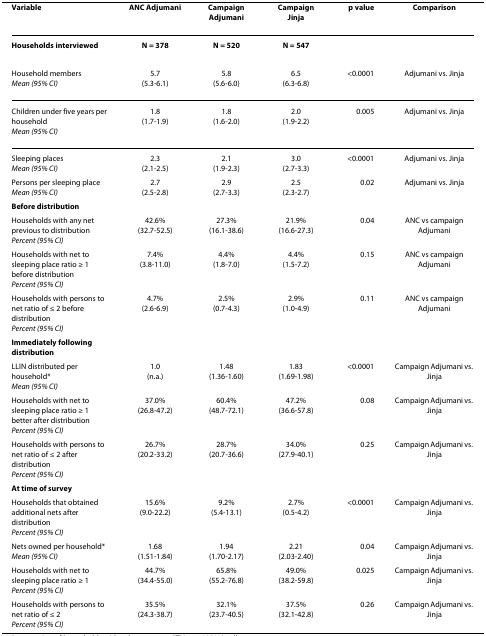
<table><thead><tr><td><b>Variable</b></td><td><b>ANC Adjumani</b></td><td><b>Campaign Adjumani</b></td><td><b>Campaign Jinja</b></td><td><b>p value</b></td><td><b>Comparison</b></td></tr></thead><tbody><tr><td><b>Households interviewed</b></td><td><b>N = 378</b></td><td><b>N = 520</b></td><td><b>N = 547</b></td><td></td><td></td></tr><tr><td>Household members<i>Mean (95% CI)</i></td><td>5.7(5.3-6.1)</td><td>5.8(5.6-6.0)</td><td>6.5(6.3-6.8)</td><td>&lt;0.0001</td><td>Adjumani vs. Jinja</td></tr><tr><td>Children under five years per household<i>Mean (95% CI)</i></td><td>1.8(1.7-1.9)</td><td>1.8(1.6-2.0)</td><td>2.0(1.9-2.2)</td><td>0.005</td><td>Adjumani vs. Jinja</td></tr><tr><td>Sleeping places<i>Mean (95% CI)</i></td><td>2.3(2.1-2.5)</td><td>2.1(1.9-2.3)</td><td>3.0(2.7-3.3)</td><td>&lt;0.0001</td><td>Adjumani vs. Jinja</td></tr><tr><td>Persons per sleeping place<i>Mean (95% CI)</i></td><td>2.7(2.5-2.8)</td><td>2.9(2.7-3.3)</td><td>2.5(2.3-2.7)</td><td>0.02</td><td>Adjumani vs. Jinja</td></tr><tr><td><b>Before distribution</b></td><td></td><td></td><td></td><td></td><td></td></tr><tr><td>Households with any net previous to distribution<i>Percent (95% CI)</i></td><td>42.6%(32.7-52.5)</td><td>27.3%(16.1-38.6)</td><td>21.9%(16.6-27.3)</td><td>0.04</td><td>ANC vs campaign Adjumani</td></tr><tr><td>Households with net to sleeping place ratio ≥ 1 before distribution<i>Percent (95% CI)</i></td><td>7.4%(3.8-11.0)</td><td>4.4%(1.8-7.0)</td><td>4.4%(1.5-7.2)</td><td>0.15</td><td>ANC vs campaign Adjumani</td></tr><tr><td>Households with persons to net ratio of ≤ 2 before distribution<i>Percent (95% CI)</i></td><td>4.7%(2.6-6.9)</td><td>2.5%(0.7-4.3)</td><td>2.9%(1.0-4.9)</td><td>0.11</td><td>ANC vs campaign Adjumani</td></tr><tr><td><b>Immediately following distribution</b></td><td></td><td></td><td></td><td></td><td></td></tr><tr><td>LLIN distributed per household*<i>Mean (95% CI)</i></td><td>1.0(n.a.)</td><td>1.48(1.36-1.60)</td><td>1.83(1.69-1.98)</td><td>&lt;0.0001</td><td>Campaign Adjumani vs. Jinja</td></tr><tr><td>Households with net to sleeping place ratio ≥ 1 better after distribution<i>Percent (95% CI)</i></td><td>37.0%(26.8-47.2)</td><td>60.4%(48.7-72.1)</td><td>47.2%(36.6-57.8)</td><td>0.08</td><td>Campaign Adjumani vs. Jinja</td></tr><tr><td>Households with persons to net ratio of ≤ 2 after distribution<i>Percent (95% CI)</i></td><td>26.7%(20.2-33.2)</td><td>28.7%(20.7-36.6)</td><td>34.0%(27.9-40.1)</td><td>0.25</td><td>Campaign Adjumani vs. Jinja</td></tr><tr><td><b>At time of survey</b></td><td></td><td></td><td></td><td></td><td></td></tr><tr><td>Households that obtained additional nets after distribution<i>Percent (95% CI)</i></td><td>15.6%(9.0-22.2)</td><td>9.2%(5.4-13.1)</td><td>2.7%(0.5-4.2)</td><td>&lt;0.0001</td><td>Campaign Adjumani vs. Jinja</td></tr><tr><td>Nets owned per household*<i>Mean (95% CI)</i></td><td>1.68(1.51-1.84)</td><td>1.94(1.70-2.17)</td><td>2.21(2.03-2.40)</td><td>0.04</td><td>Campaign Adjumani vs. Jinja</td></tr><tr><td>Households with net to sleeping place ratio ≥ 1<i>Percent (95% CI)</i></td><td>44.7%(34.4-55.0)</td><td>65.8%(55.2-76.8)</td><td>49.0%(38.2-59.8)</td><td>0.025</td><td>Campaign Adjumani vs. Jinja</td></tr><tr><td>Households with persons to net ratio of ≤ 2<i>Percent (95% CI)</i></td><td>35.5%(24.3-38.7)</td><td>32.1%(23.7-40.5)</td><td>37.5%(32.1-42.8)</td><td>0.26</td><td>Campaign Adjumani vs. Jinja</td></tr></tbody></table>